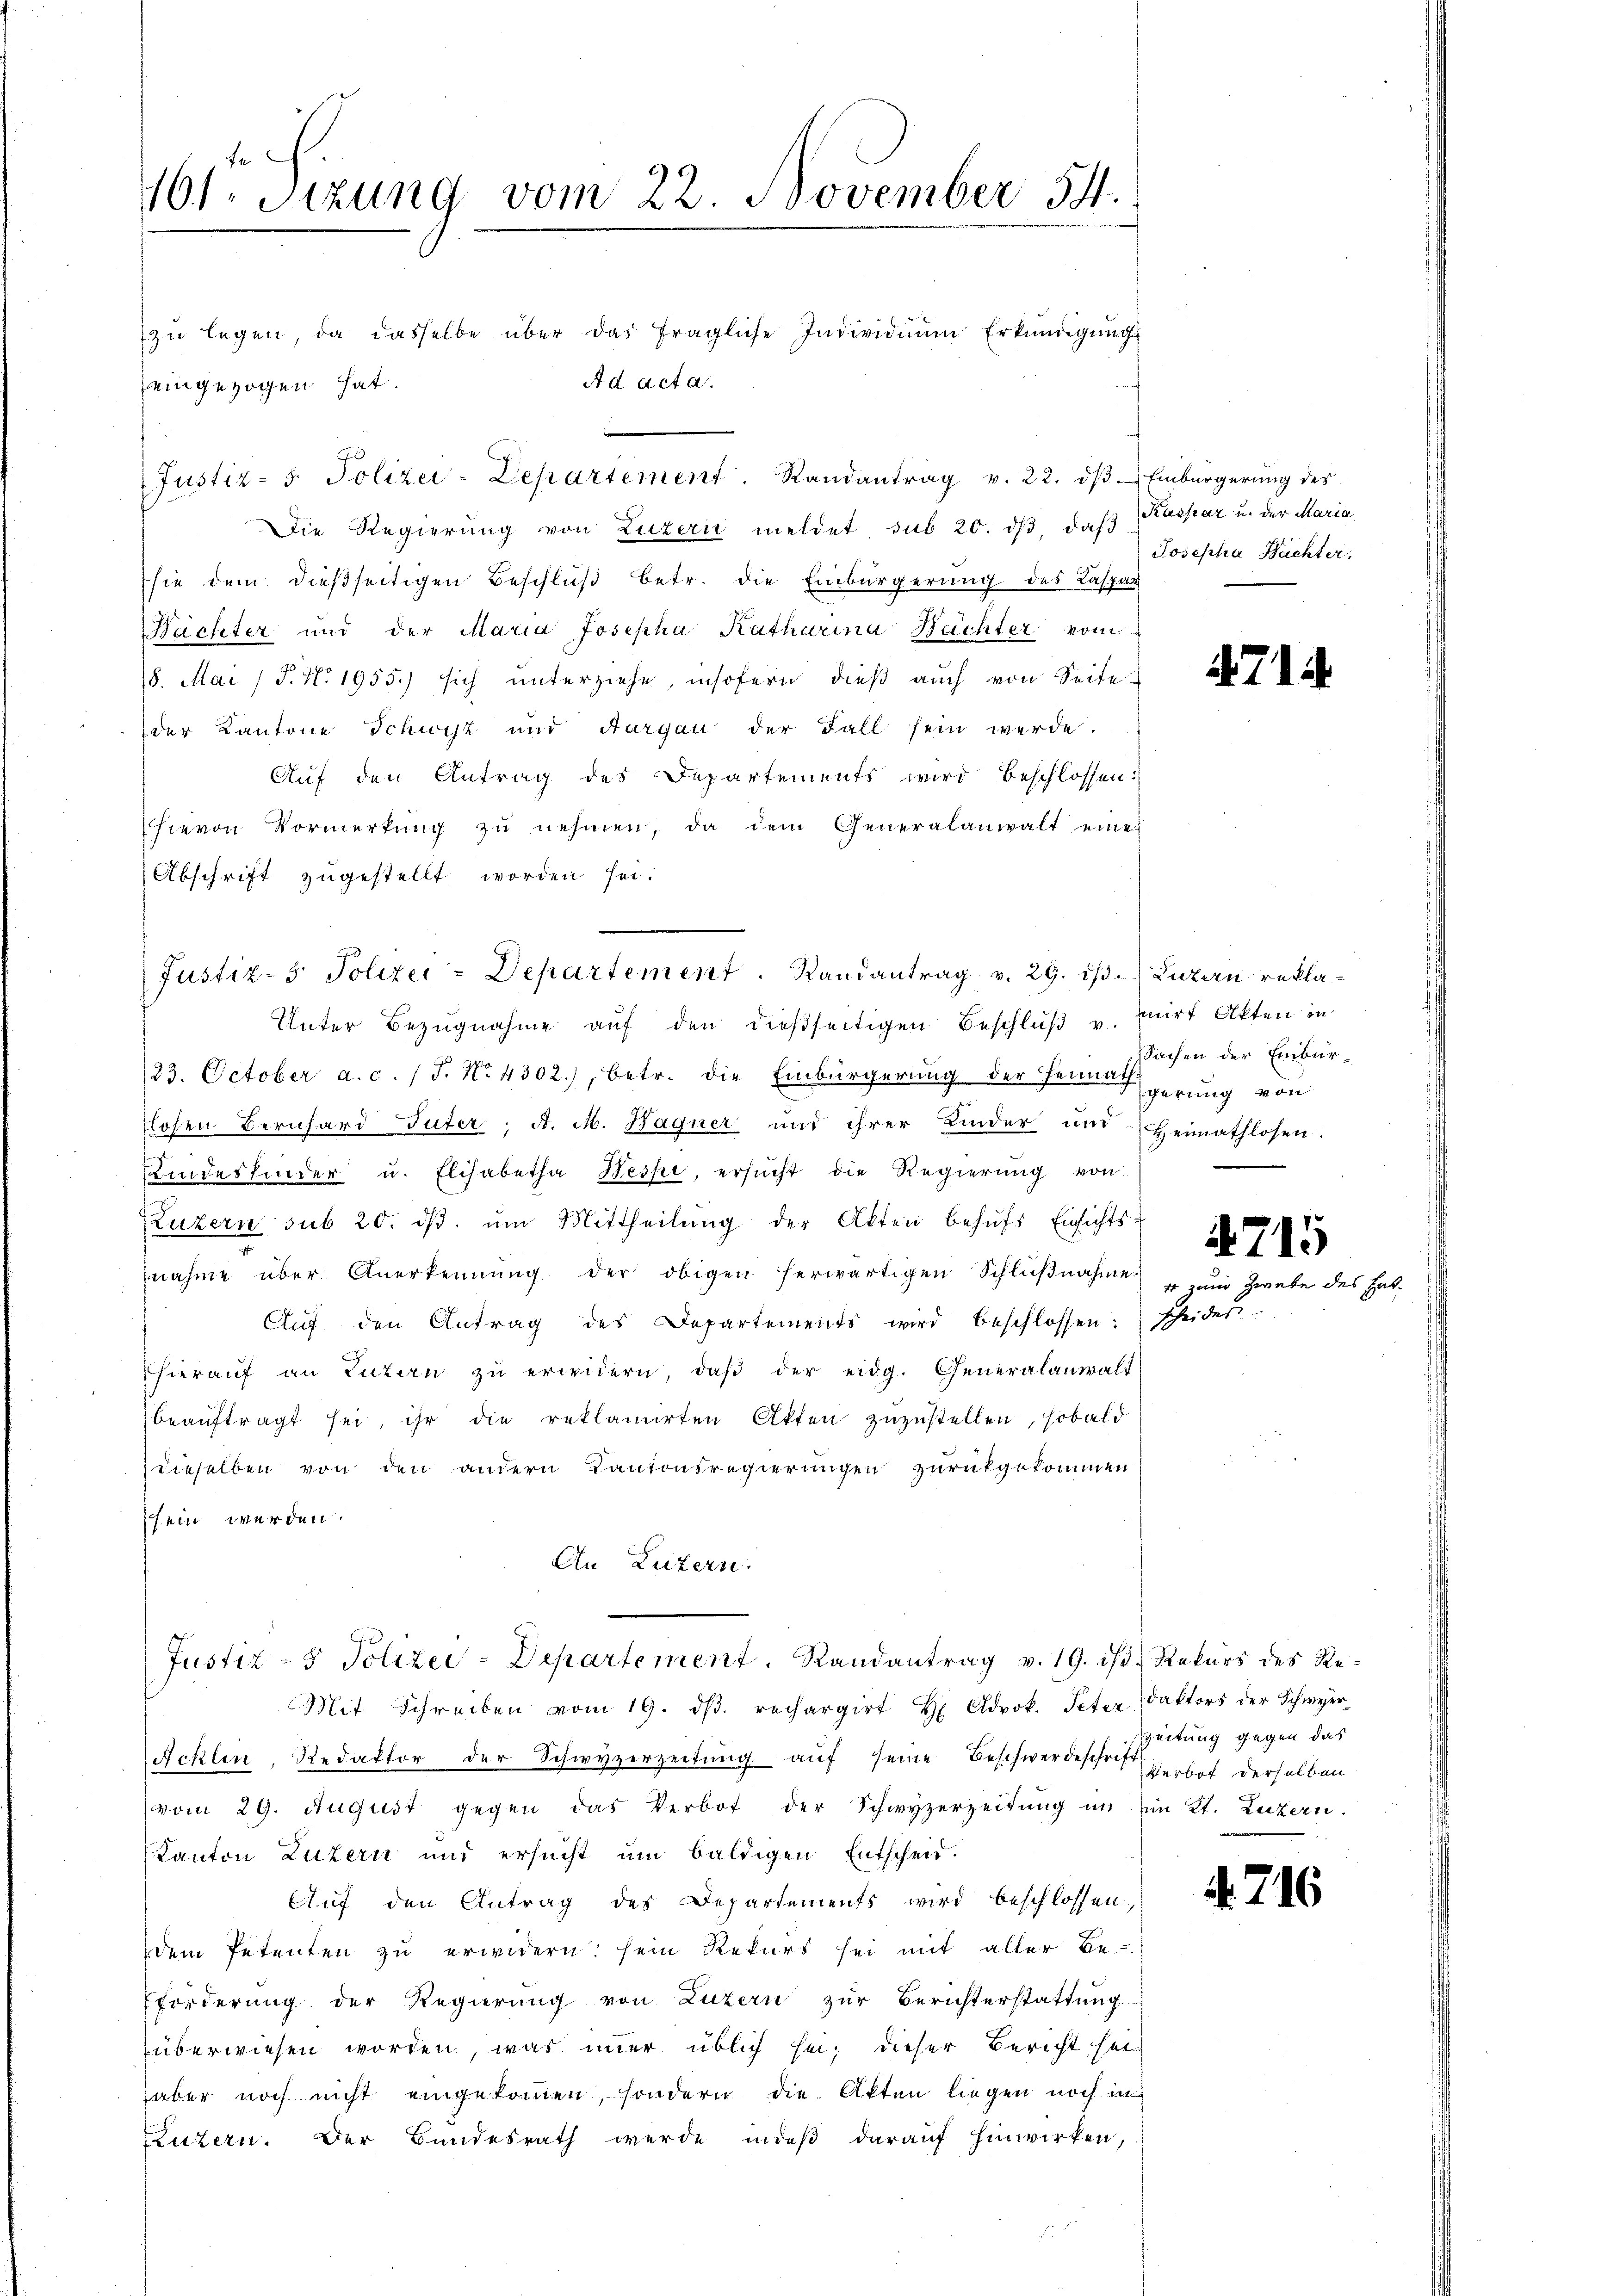
161. Sitzung vom 22. November 54.

zŭ legen, da dasselbe über das fragliche Individuum Erkŭndigŭng
eingezogen hat.
Die Regierung von Luzern meldet sub 20. dβ das Kaspar u. der Maria
sie dem dießseitigen Beschlŭβ betr. die Einbürgerung des Kaspar
Hächter und der Maria Josepha Katharina Hächter vom
18. Mai (T. No 1955.) sich unterziehe, insofern dieß auch von Seite
der Kantone Schwyz und Aargau der Fall sein werde.
Auf den Antrag des Departements wird beschlossen:
hievon Vormerkŭng zŭ nehmen, da dem Generalanwalt eine
Abschrift zugestellt worden sei.
Unter Bezugnahme auf den dießseitigen Beschluß u. wirt Akten in
23. October a. c. / J. No 4302), betr. die Einbürgerung der Heimengerung von
tlosen Bernhard Suter; A. M. Hagner und ihrer Kinder und Heimathlosen.
Kindeskinder u. Elisabetha Besse, ersŭcht die Regierŭng von
Luzern sub 20. dβ. ŭm Mittheilŭng der Akten behŭfs Einsichts-
nahme über Anerkennung der obigen herwärtigen Schlußnahme u. um Zwete des Ent-
Auf den Antrag des Departements wird beschlossen: scheides
hieraŭf an Luzern zŭ erwidern, daβ der eidg. Generalanwalt
beauftragt sei, ihr die reklamirten Akten zuzustellen, sobald
dieselben von den andern Kantonsregierungen zurükgekommen
sein werden.
An Luzern.
Justiz- & Polizei-Departement. Randantrag v. 19. ds. Rekurs des Re¬
Mit Schreiben vom 19. dβ. rechargirt H. Adrok. Peter Faktors der Schwyer¬
Acklen, Redaktor der Schwyzerzeitung auf seine Beschwerdeschrift verbot derselben
(vom 29. August gegen das Verbot der Schwyzerzeitung im ein Kt. Luzern.
Kanton Luzern und ersucht um baldigen Entscheid.
Auf den Antrag des Departements wird beschlossen,
dem Petenten zu erwidern: sein Rekurs sei mit aller Be-
förderung der Regierung von Luzern zur Berichterstattung
überwiesen worden, was immer üblich sei, dieser Bericht sei
aber noch nicht eingekommen, sondern die Akten liegen noch in
Luzern. Der Bundesrath wurde indeß darauf hinwirken,

Ad acta.

Justiz- & Polizei-Departement. Randantrag v. 22. dβ Einbürgerung des

Justiz-5. Polizei-Departement. Randantrag v. 29. dβ. Luzern rekla¬

Josepha Bachter,

Sachen der Einbür¬

4714

4715

zeitung gegen das

4. 716